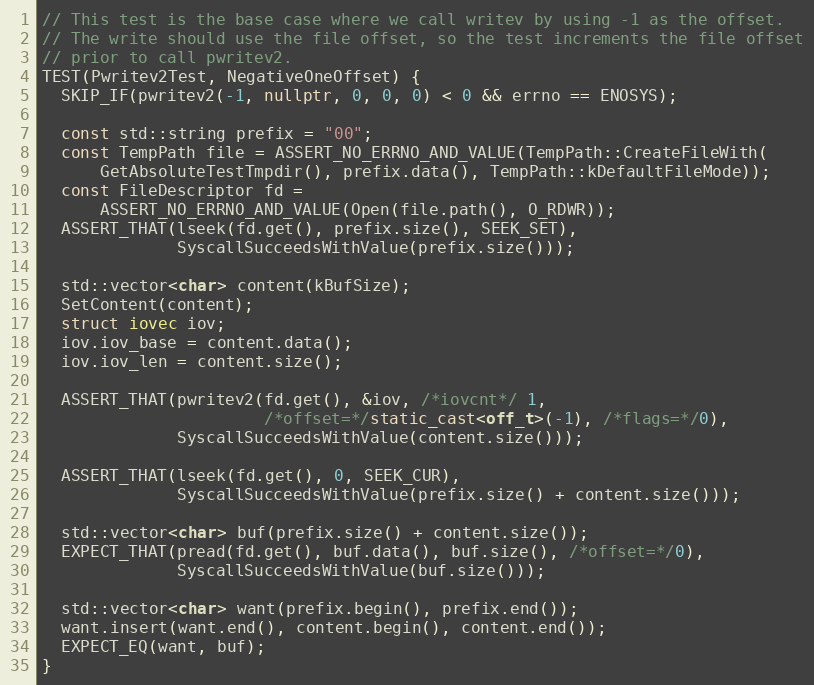
Language: C++
// This test is the base case where we call writev by using -1 as the offset.
// The write should use the file offset, so the test increments the file offset
// prior to call pwritev2.
TEST(Pwritev2Test, NegativeOneOffset) {
  SKIP_IF(pwritev2(-1, nullptr, 0, 0, 0) < 0 && errno == ENOSYS);

  const std::string prefix = "00";
  const TempPath file = ASSERT_NO_ERRNO_AND_VALUE(TempPath::CreateFileWith(
      GetAbsoluteTestTmpdir(), prefix.data(), TempPath::kDefaultFileMode));
  const FileDescriptor fd =
      ASSERT_NO_ERRNO_AND_VALUE(Open(file.path(), O_RDWR));
  ASSERT_THAT(lseek(fd.get(), prefix.size(), SEEK_SET),
              SyscallSucceedsWithValue(prefix.size()));

  std::vector<char> content(kBufSize);
  SetContent(content);
  struct iovec iov;
  iov.iov_base = content.data();
  iov.iov_len = content.size();

  ASSERT_THAT(pwritev2(fd.get(), &iov, /*iovcnt*/ 1,
                       /*offset=*/static_cast<off_t>(-1), /*flags=*/0),
              SyscallSucceedsWithValue(content.size()));

  ASSERT_THAT(lseek(fd.get(), 0, SEEK_CUR),
              SyscallSucceedsWithValue(prefix.size() + content.size()));

  std::vector<char> buf(prefix.size() + content.size());
  EXPECT_THAT(pread(fd.get(), buf.data(), buf.size(), /*offset=*/0),
              SyscallSucceedsWithValue(buf.size()));

  std::vector<char> want(prefix.begin(), prefix.end());
  want.insert(want.end(), content.begin(), content.end());
  EXPECT_EQ(want, buf);
}